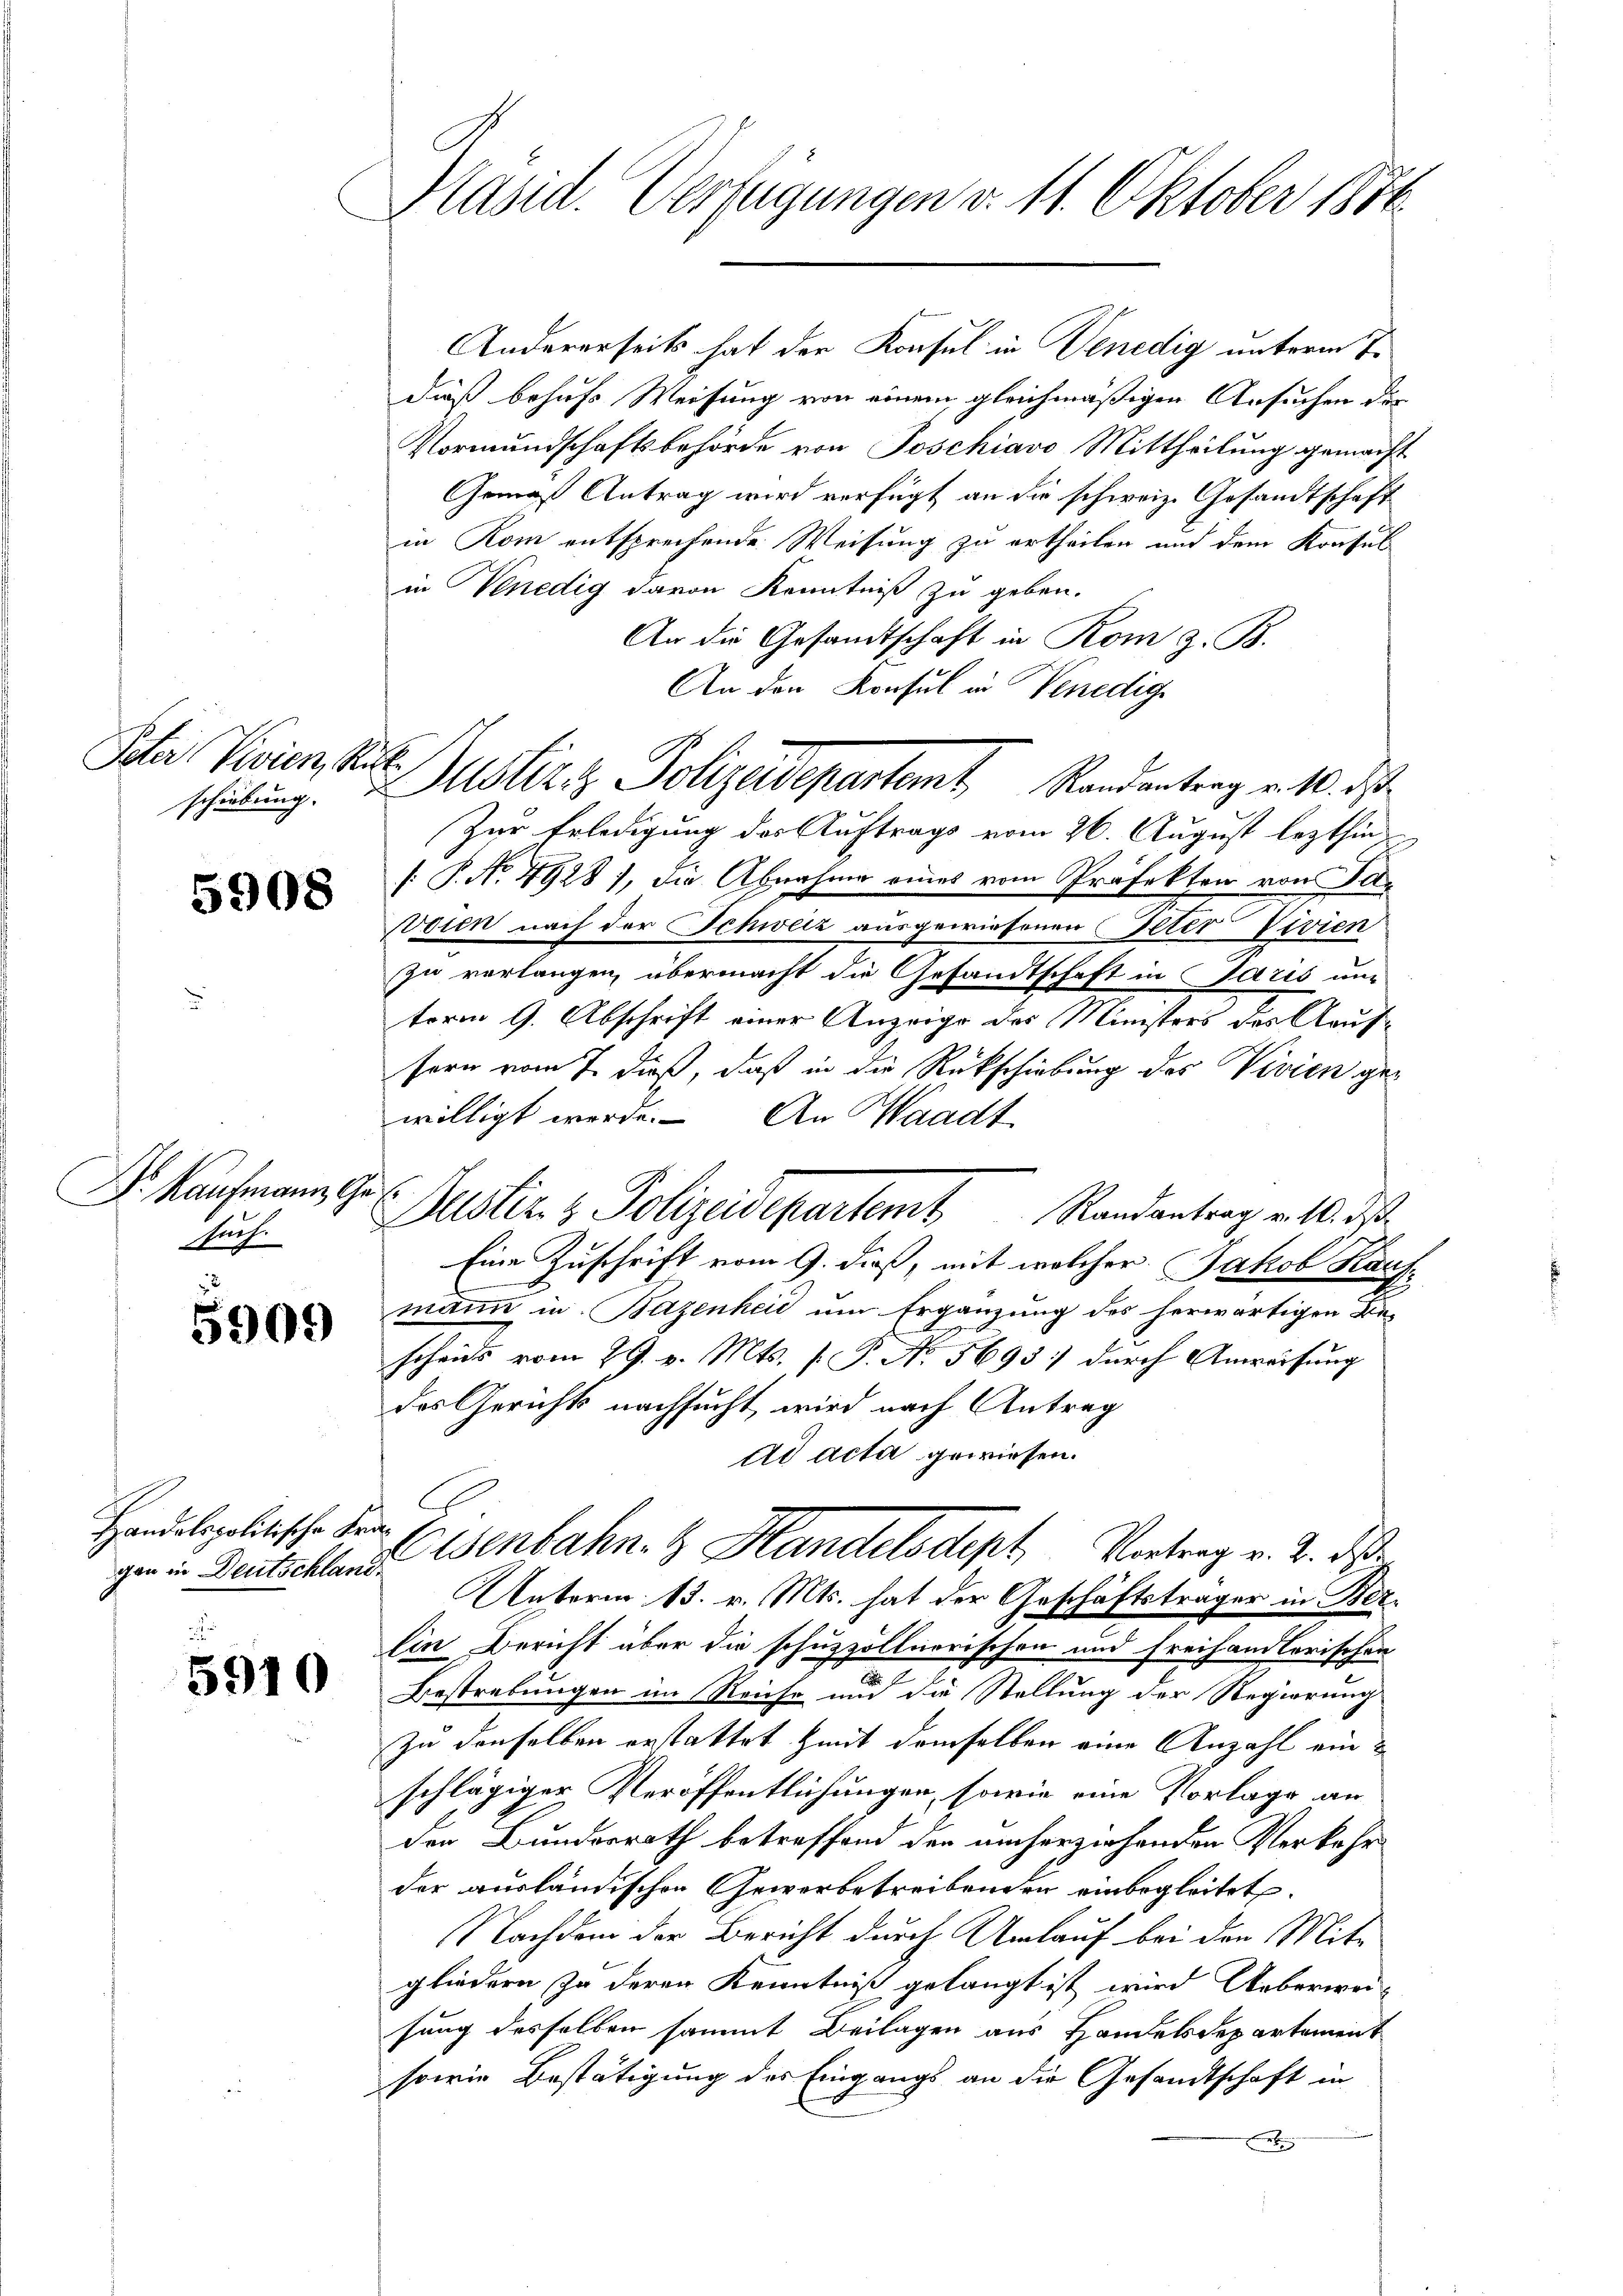
Peter Vivien, Ritte
schiebung.

5908

Dr. Kaufmann Gas
Saif.

2
5909

Handelspolitische Fragen in Deutschland.

2
5910

Päsid. Verfügungen v. 11. Oktober 1886

Judlitz Polizedepartamt Randantrag v. 10. d.

Andererseits hat der Konsul in Venedig unterm 8.
dieß behufs Weisung von einem gleichmäßigen Ansuchen der
Vormundschaftsbehörde von Poschiavo Mittheilung gemacht
Gemäß Antrag wird verfügt an die schweiz. Gesandtschaft
in Rom entsprechende Weisung zu ertheilen und dem Konsul
in Venedig davon Kenntniß zu geben.
An die Gesandtschaft in Rom z. B.
An den Konsul in Venedige
Zur Erledigung des Auftrags vom 26. August lezthin
[: P. No. 4928), die Abnahme eines vom Präfekten von Tasdien nach der Schweiz ausgewiesenen Peter Vivien
zu verlangen, übermacht die Gesandtschaft in Paris unterm 9. Abschrift einer Anzeige des Ministers des Aaufsern vom 7. dieß, daß in die Rückschiebung des Vivien gewilligt werde. An Waadt
Eine Zuschrift vom 9. dieß, mit welcher Jakob Kaufmann in Bazenheit um Ergänzung des herwärtigen Be-
scheids vom 29. v. Mts. [ P. No. 5695 durch Anweisung
des Gerichts nachsucht, wird nach Antrag
ad acta gewiesen.
Eisenbahn. Handelsdept Vortrag v. 2. ds.
Unterm 13. v. Mts. hat der Geschäftsträger in Bez¬
Ein Bericht über die schuzzöllnerischen und freihandlerischen
Bestrebungen im Reiche und die Stellung der Regierung
Zu denselben erstattet mit demselben eine Anzahl einschlägiger Veröffentlichungen, sowie eine Vorlage an
den Bundesrath betreffend den anherziehenden Verkehr
der ausländischen Gewerbetreibenden einbegleitet.
Nachdem der Bericht durch Umlauf bei den Mitgliedern zu deren Kenntniß gelangt ist wird Ueberweisung desselben sammt Beilagen aus Handelsdepartement
sowie Bestätigung des Eingangs an die Gesandtschaft in
et

Justiz & Polizeidepartem Randantrag v. 10. ds.